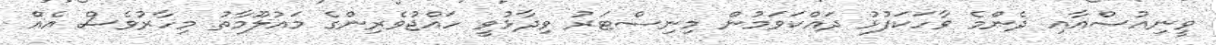
ވީނިއުސްއާއި ދެންމެ ވާހަަކަފުޅު ދައްކަވަމުން މިނިސްޓަރު ވިދާޅުވީ ހައްޖުވެރިންގެ މައުލޫމާތު މިހާރުވެސް އެއް